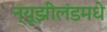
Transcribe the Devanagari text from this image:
न्यूझीलंडमधे